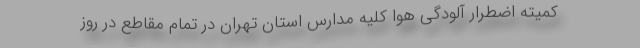
کمیته اضطرار آلودگی هوا کلیه مدارس استان تهران در تمام مقاطع در روز